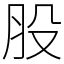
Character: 股